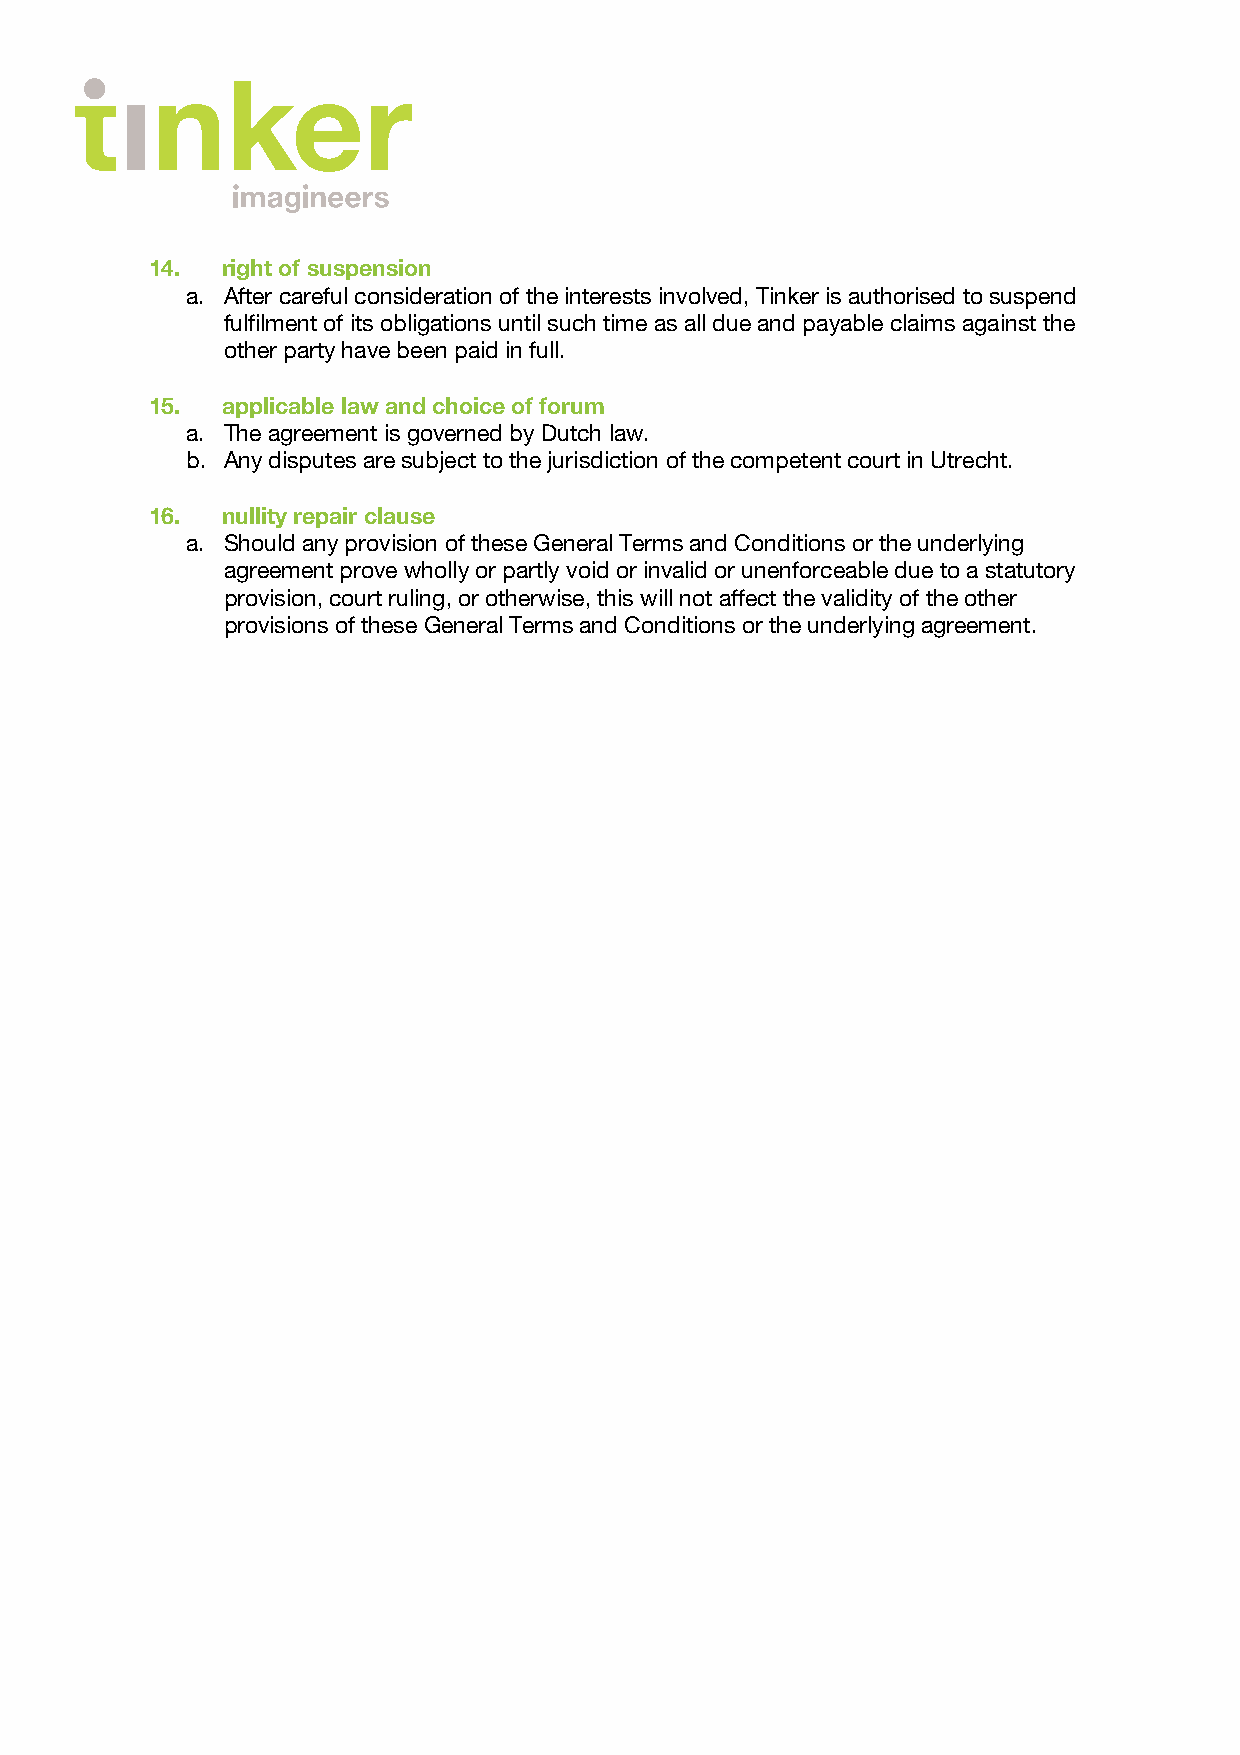
14.  right of suspension
 a. After careful consideration of the interests involved, Tinker is authorised to suspend
 fulfilment of its obligations until such time as all due and payable claims against the
 other party have been paid in full.
 15.  applicable law and choice of forum
 a. The agreement is governed by Dutch law.
 b. Any disputes are subject to the jurisdiction of the competent court in Utrecht.
 16.  nullity repair clause
 a. Should any provision of these General Terms and Conditions or the underlying
 agreement prove wholly or partly void or invalid or unenforceable due to a statutory
 provision, court ruling, or otherwise, this will not affect the validity of the other
 provisions of these General Terms and Conditions or the underlying agreement.